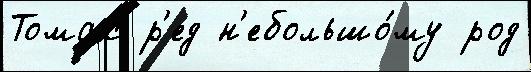
Томас р'ед н'ебольшо́му род